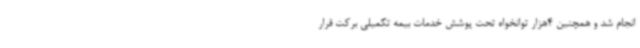
انجام شد و همچنین 4هزار توانخواه تحت پوشش خدمات بیمه تکمیلی برکت قرار